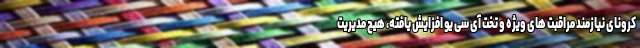
کرونای نیازمند مراقبت های ویژه و تخت آی سی یو افزایش یافته، هیچ مدیریت